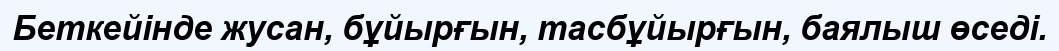
Беткейінде жусан, бұйырғын, тасбұйырғын, баялыш өседі.